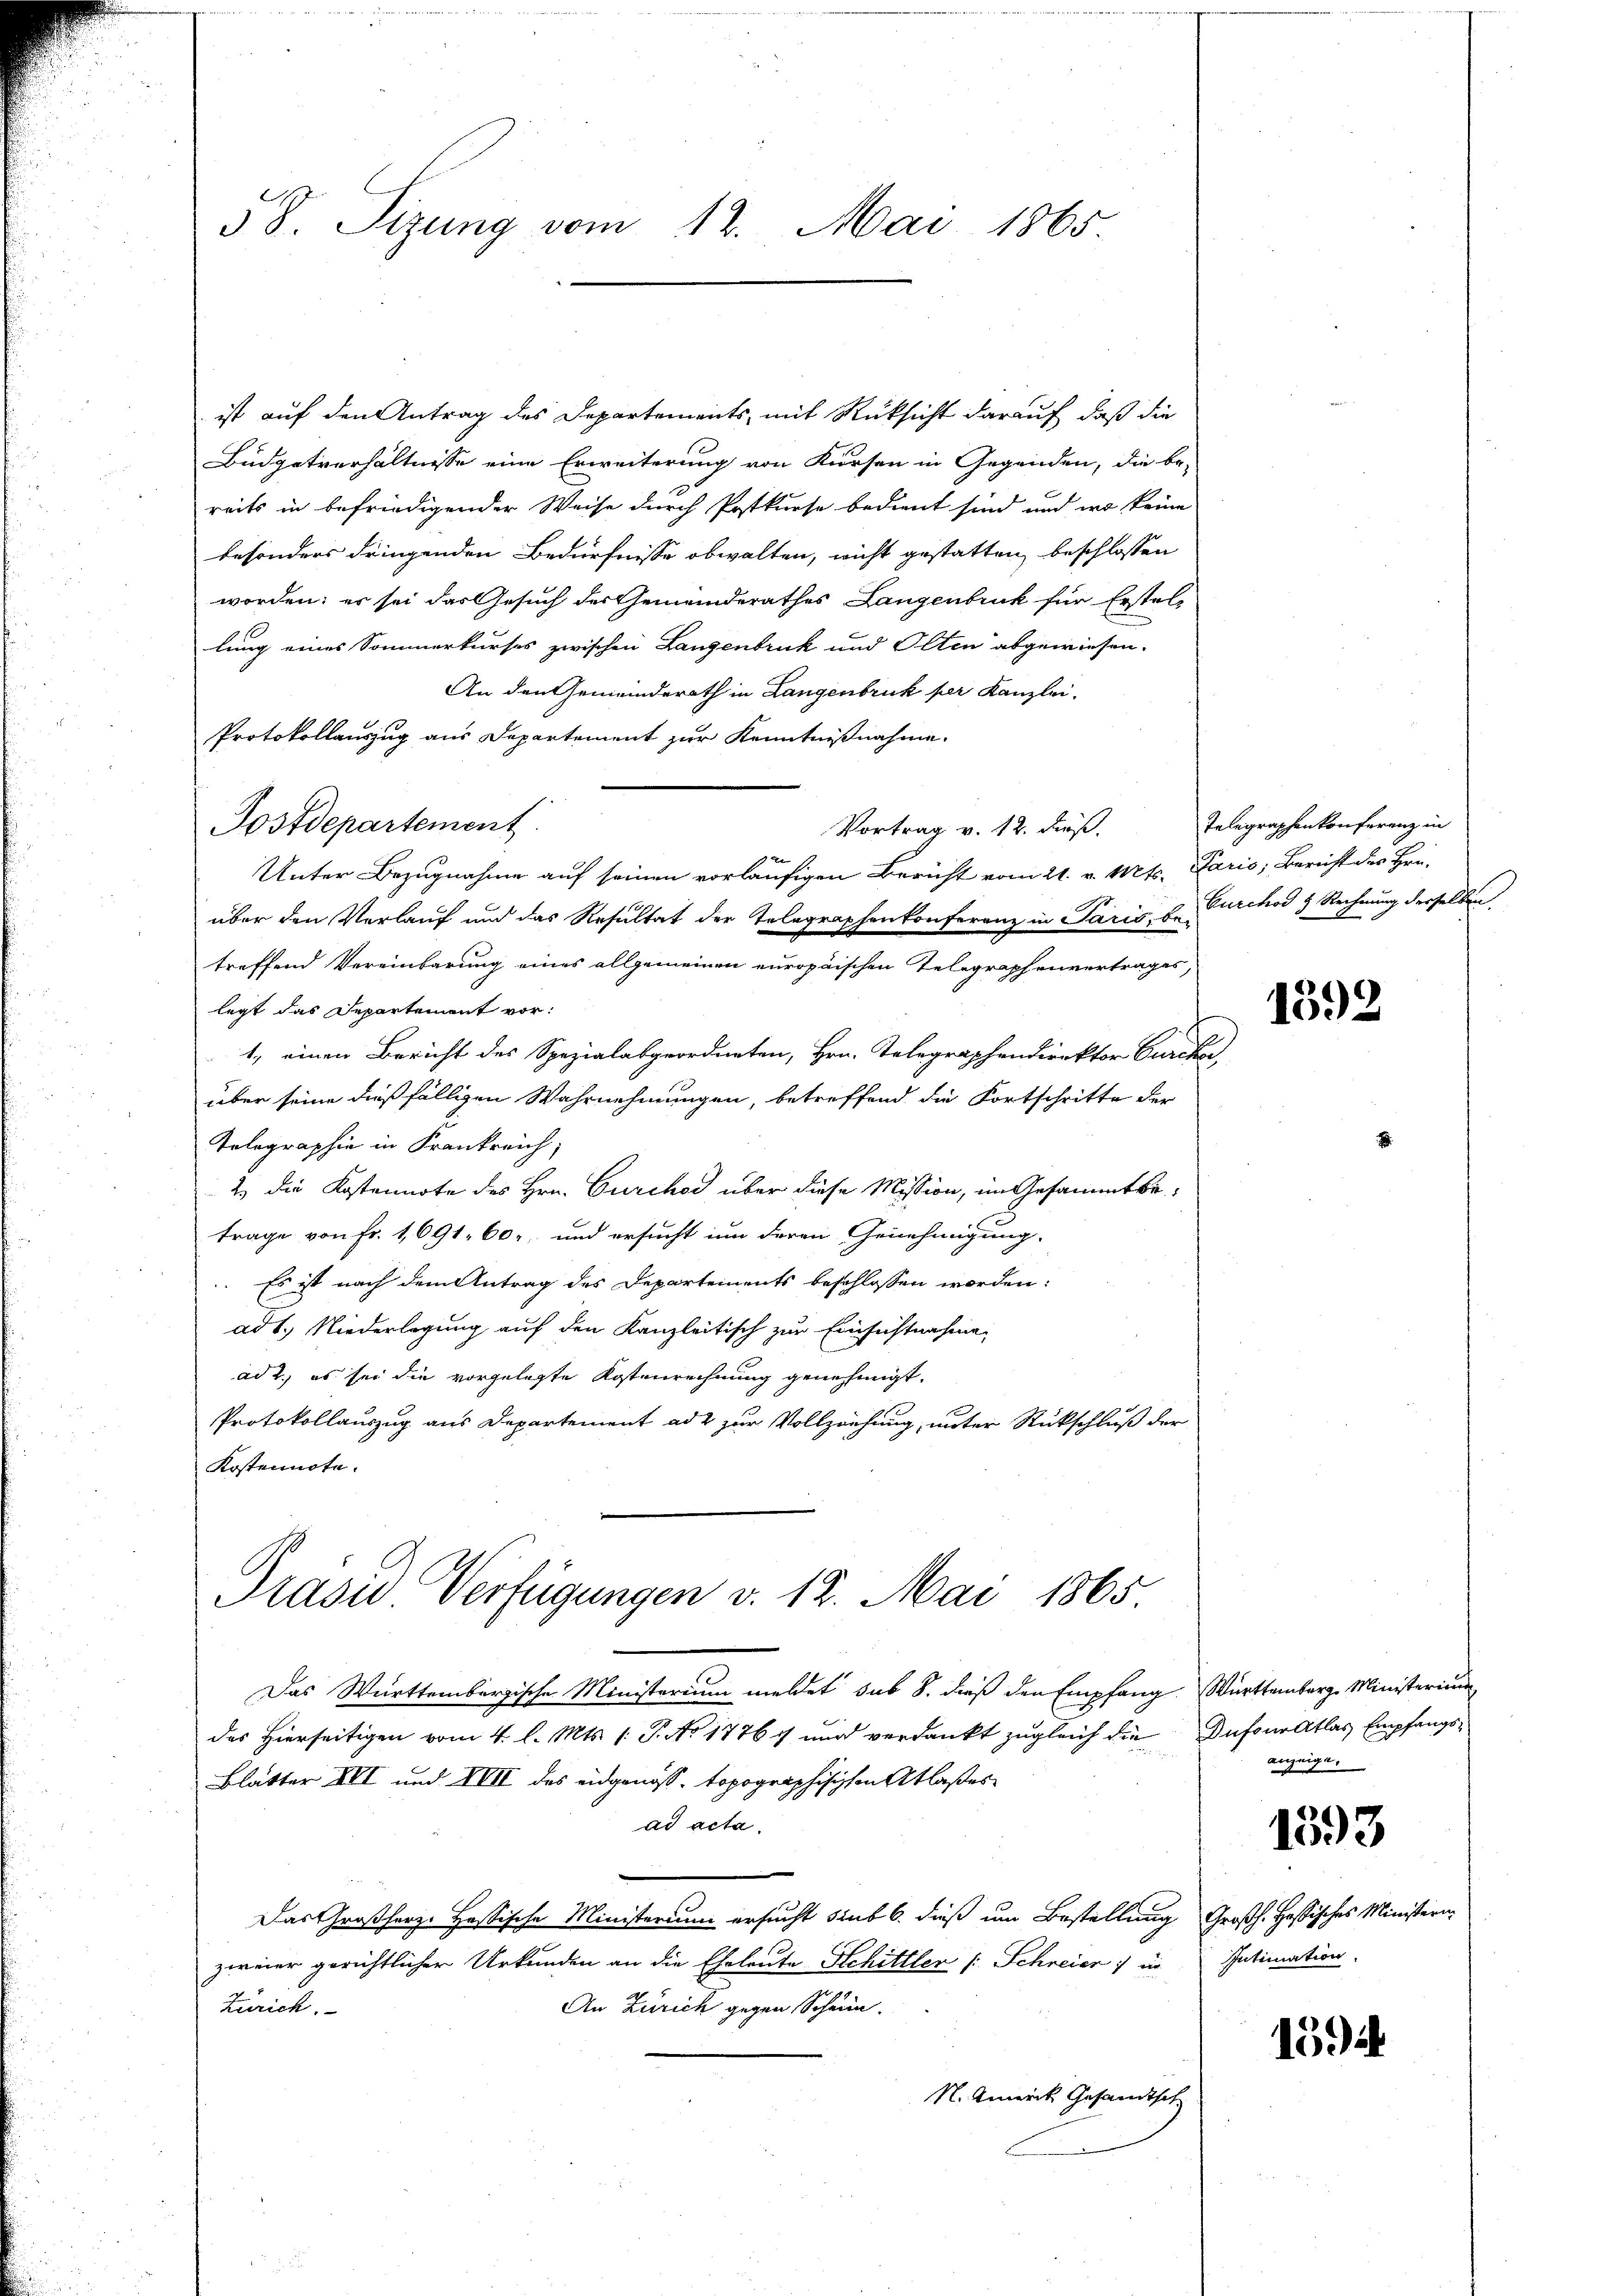
58. Sitzung vom 12. Mai 1865.

ist auf den Antrag des Departements, mit Rüksicht darauf, daß die
Büdgetverhältnisse eine Erweiterung von Kursen in Gegenden, die be-
reits in befriedigender Weise durch Postkurse bedient sind und wo keine
besonders dringenden Bedürfnisse obwalten, nicht gestatten, beschlossen
worden; es sei das Gesuch des Gemeinderathes Langenbruck für Erstel-
lung eines Sommerkurses zwischen Langenbruck und Olten abgewiesen.
An den Gemeinderath in Langenbruck per Kanzlei.
Protokollauszug aus Departement zur Kenntnißnahme.
Postdepartement.
Vortrag v. 12. dieß.
Unter Bezugnahme auf seinen vorläufigen Bericht vom 21. v. Mts. Paris, Bericht des Hrn.
über den Verlauf und das Resultat der Telegraphenkonferenz in Paris, u. Durchod & Rechnung derselben,
treffend Vereinbarung eines allgemeinen europäischen Telegraphenvertrages,
legt das Departement vor:
1., einen Bericht des Spezialabgeordneten, Hrn. Telegraphendirektor Curika,
über seine dießfälligen Wahrnehmungen, betreffend die Fortschritte der
Telegraphie in Frankreich,
2) die Kostennote des Hrn. Curchod über diese Mission, im Gesammtbetrage von Fr. 1691. 60, und ersucht um deren Genehmigung.
. Es ist nach dem Antrag des Departements beschlossen worden:
ad 1., Niederlegung auf den Kanzleitisch zur Einsichtnahme
ad 2., es sei die vorgelegte Kostenrechnung genehmigt.
Protokollauszug aus Departement ad 2 zur Vollziehung, unter Rückschluß der
Kostennote.

Prasid Verfügungen v. 12. Mai 1865

Das Württembergische Ministerium meldet sub 8. dieß den Empfang Württemberg Ministerium
des Hierseitigen vom 4. l. Mts. /: P. No 1776 und verdankt zugleich die Dufour atlas Empfangs¬
Blätter XII und XVII des eidgenoss, topographischen Atlaßes
ad acta.
Das Großherz- Hassische Ministerium ersucht sub 6. dieß um Bestellung Großh. Hassisches Ministern-
zweier gerichtlicher Urkunden an die Eheleute Schittler (: Schreier in
An Zürich gegen Schein.
Zürich.
N. Antrick Gesandtsch

Telegraphen konferenz in

1392

anzeige.

1393

Intimation.

1594